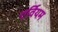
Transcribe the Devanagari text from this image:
एर्वियम